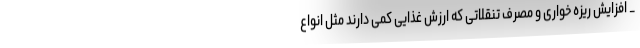
_ افزایش ریزه خواری و مصرف تنقلاتی که ارزش غذایی کمی دارند مثل انواع